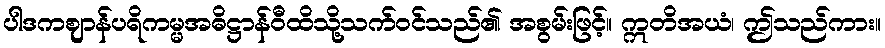
ပါဒကဈာန်ပရိကမ္မအဓိဋ္ဌာန်ဝီထိသို့သက်ဝင်သည်၏ အစွမ်းဖြင့်။ ဣတိအယံ၊ ဤသည်ကား။